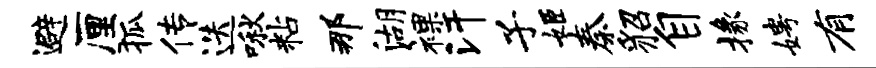
避厘狐传迭啾粘那湖裸汗子姬秦貂自掾娉有